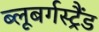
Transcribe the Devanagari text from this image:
ब्‍लूबर्गस्‍ट्रैंड